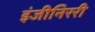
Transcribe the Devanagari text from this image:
इंजीनिररी